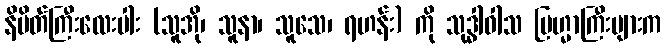
နိမိတ်ကြီးလေးပါး (သူအို၊ သူနာ၊ သူသေ၊ ရဟန်း) ကို သုဒ္ဓါဝါသ ဗြဟ္မာကြီးများက